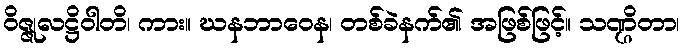
ဝိဇ္ဇုလဋ္ဌိဝါတိ၊ ကား။ ဃနဘာဝေန၊ တစ်ခဲနက်၏ အဖြစ်ဖြင့်။ သဏ္ဌိတာ၊